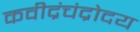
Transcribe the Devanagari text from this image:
कवीद्रंचंद्रोदय